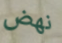
نهض